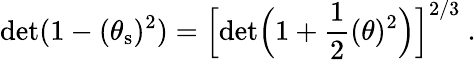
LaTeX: \mathrm{det}(1-(\theta_{\mathrm{s}})^{2})=\Big[\mathrm{det}\Big(1+\frac{1}{2}(\theta)^{2}\Big)\Big]^{2/3}\ .